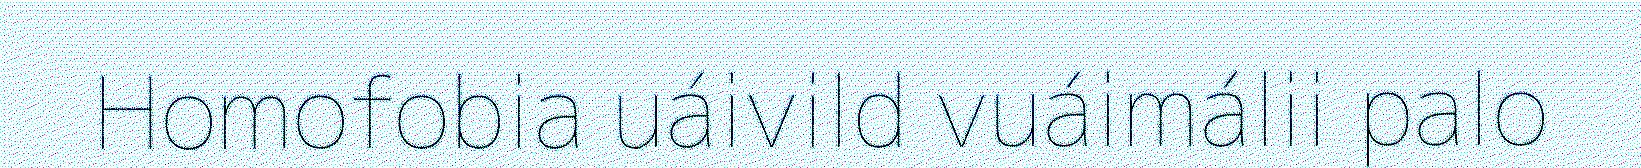
Homofobia uáivild vuáimálii palo